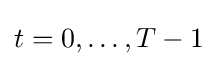
t=0,\dots ,T-1